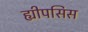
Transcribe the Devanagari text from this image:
ह्यीपसिस